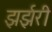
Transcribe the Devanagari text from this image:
झर्झरी